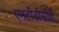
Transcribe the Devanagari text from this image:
एमटीडीसीचे